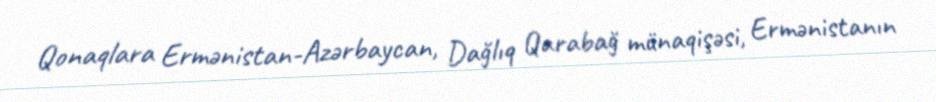
Qonaqlara Ermənistan-Azərbaycan, Dağlıq Qarabağ münaqişəsi, Ermənistanın